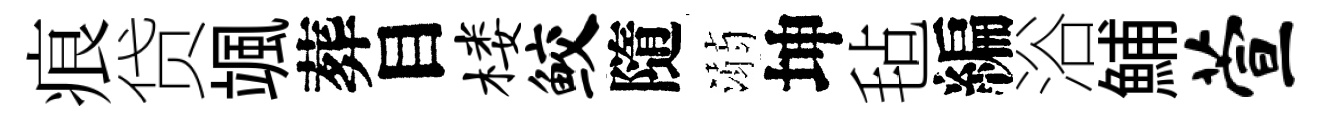
痕贷颯葬目楼鲛隨溺坤毡編浴鯆萱